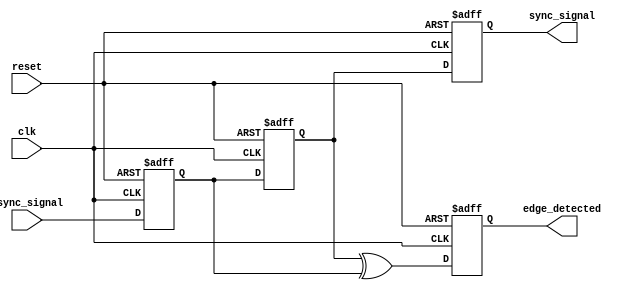
module async_to_sync_converter (
    input wire async_signal,       // Asynchronous input signal from memory block
    input wire clk,                // Synchronous clock signal
    input wire reset,              // Reset signal
    output reg sync_signal,        // Synchronized output signal
    output reg edge_detected       // Edge detection output
);

    // Internal signals for synchronizer
    reg async_signal_ff1;          // First flip-flop stage
    reg async_signal_ff2;          // Second flip-flop stage

    // Synchronizer using two flip-flops
    always @(posedge clk or posedge reset) begin
        if (reset) begin
            async_signal_ff1 <= 1'b0;
            async_signal_ff2 <= 1'b0;
        end else begin
            async_signal_ff1 <= async_signal; // Capture async signal
            async_signal_ff2 <= async_signal_ff1; // Synchronize to clk
        end
    end

    // Output synchronized signal
    always @(posedge clk or posedge reset) begin
        if (reset) begin
            sync_signal <= 1'b0;
        end else begin
            sync_signal <= async_signal_ff2; // Output the synchronized signal
        end
    end

    // Edge detection logic
    always @(posedge clk or posedge reset) begin
        if (reset) begin
            edge_detected <= 1'b0;
        end else begin
            edge_detected <= async_signal_ff2 ^ async_signal_ff1; // Detect rising edge
        end
    end

endmodule